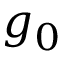
g _ { 0 }